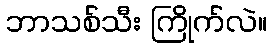
ဘာသစ်သီး ကြိုက်လဲ။